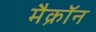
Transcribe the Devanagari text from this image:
मैक्रॉन